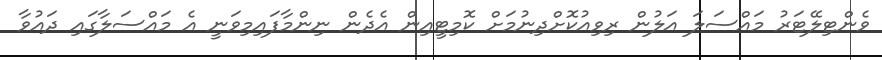
ވެންޓިލޭޓަރު މައްސަލަ އަލުން ރިވިއުކޮށްދިނުމަށް ކޮމިޓީއިން އެދެން ނިންމާފައިމިވަނީ އެ މައްސަލާގައި ދައުވާ